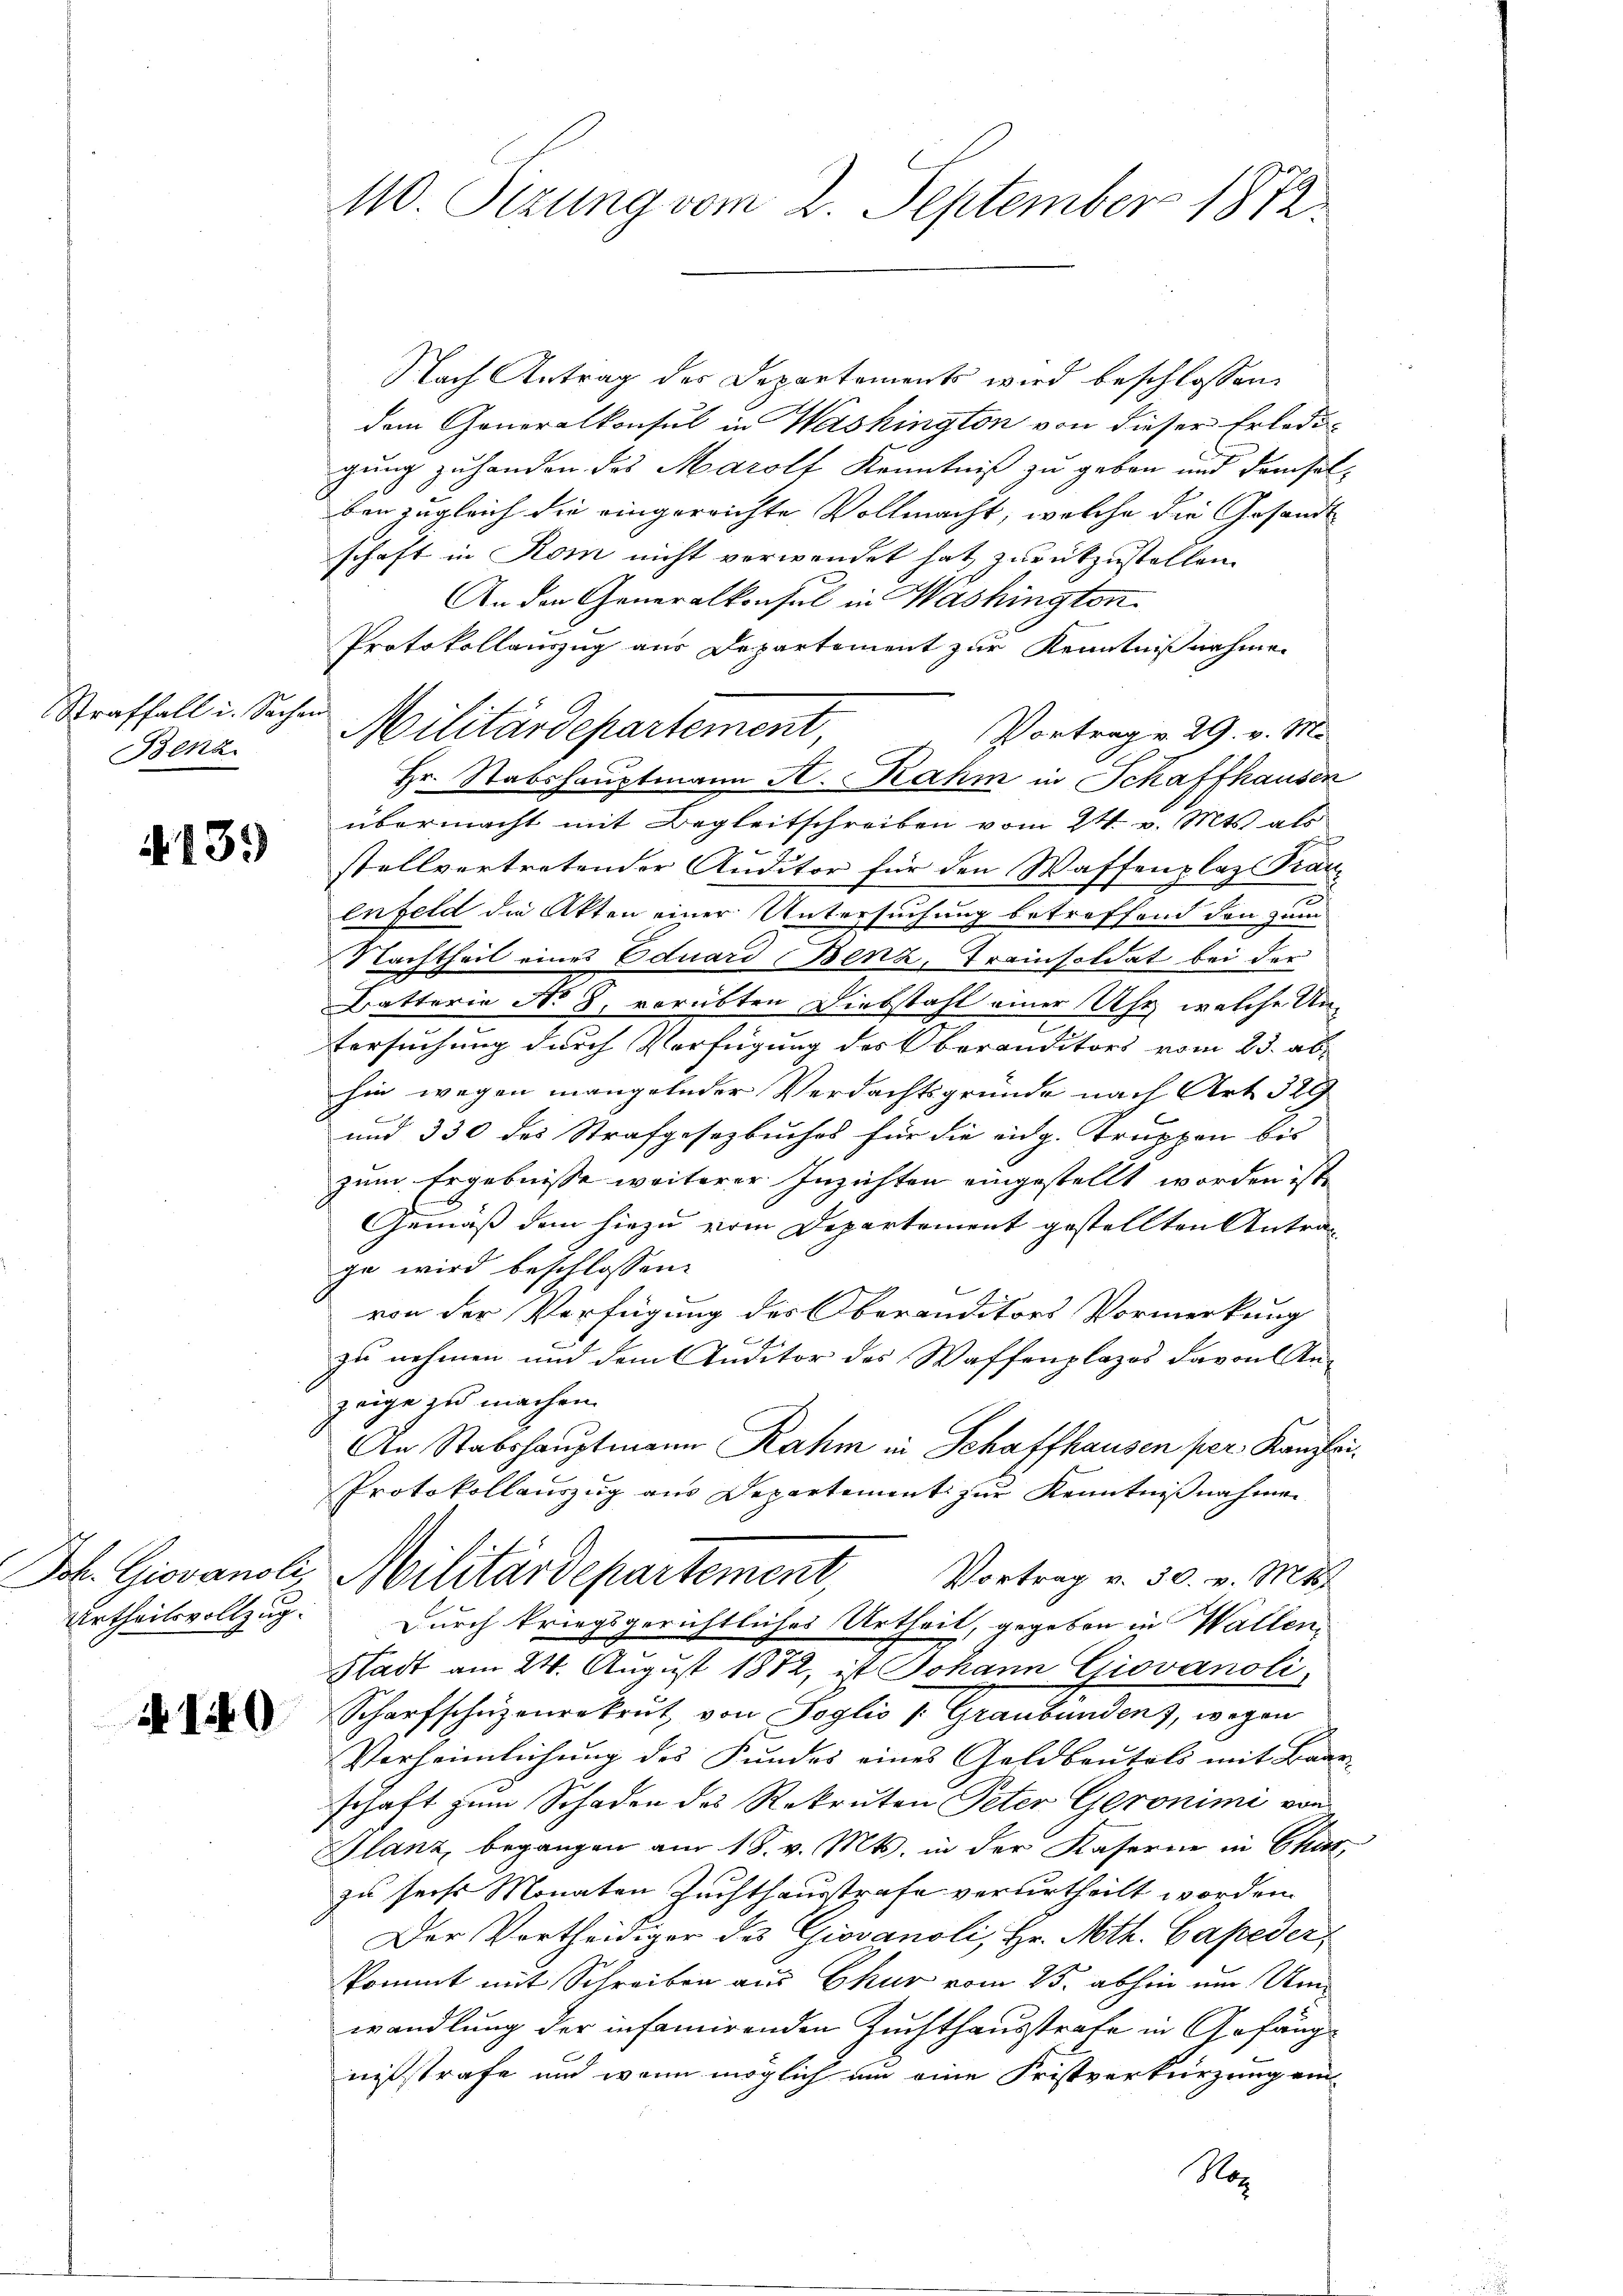
Straffall u. Sachen
Benz

A. 231)

Urtheilsvollzug.

10

410. Stzung vom 2. September 1872

Nach Antrag des Departements wird beschlossen:
dem Generalkonsul in Washington von dieser Erledigung zu handen das Marolt Kenntniß zu geben und demselben zugleich die eingerrichte Vollmacht, welche die Gesandt
schaft in Rom nicht verwendet hat zurückzustellen.
An den Generalkonsul in Washington
Protokollauszug aus Departement zur Kenntnißnahmen
Militärdepartement,
Vortrag v. 29. v. M.
Hr. Stabshauptmann A. Rahm in Schaffhausen
übermacht mit Begleitschreiben vom 24. v. Mts. als
stellvertretender Auditor für den Waffenplaz Kranenfeld die Akten einer Untersuchung betreffend den zum
Nachtheil eines Eduard Benz, Trainsoldat bei der
Batterie No 8 vorübten Diebstahl einer Uhr welche Untersuchung durch Verfügung des Oberanditors vom 23. ab
hin wegen mangelnder Verdachtsgründe nach Art. 329
und 330 des Strafgesetzbuches für die eidg. Kruppen bis
zum Ergebnisse weiterer Inzichten eingestellt worden ist,
Gemäß dem hiezu vom Departement gestellten Antrag
ge wird beschlossen:
von der Verfügung des Oberanditors Vormerkung
zu nehmen und dem Auditor des Waffenplazes davon Anzeige zu machen.
An Stabshauptmann Rahm in Schaffhausen per Kanzlei¬
Protokollauszug aus Departement zur Kenntnißnahmen
Joh. Giovanoli, Militärdepartement
Vortrag v. 30. v. Mts.
Durch kriegsgerichtliches Urtheil, gegeben in Walleni
Stadt am 24. August 1872, ist Johann Giovanoli
Scharfschüzenrekrut von Soglio v. Graubündenz, wegen
Verleimlichung des Fundes eines Geldbeutels mit Baar-
schaft zum Schaden des Rekruten Peter Geronimi von
Glanz, begangen am 18. v. Mts. in der Kaserne in Char
zu sechs Monaten Zuchthausstrafe verurtheilt worden.
Der Vortheidiger des Giovanoli, Hr. Moth. Capeder,
kommt mit Schreiben aus Chur vom 25. abhin um Umwandlung der infamirenden Zuchthausstrafe in Gefäng
nißstrafe und wenn möglich und eine Fristverkürzung ein-
No